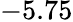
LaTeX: -5.75